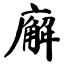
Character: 廨